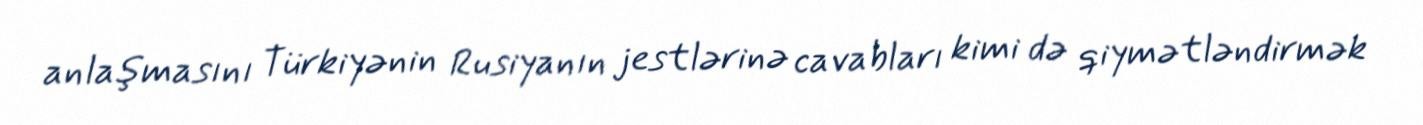
anlaşmasını Türkiyənin Rusiyanın jestlərinə cavabları kimi də qiymətləndirmək